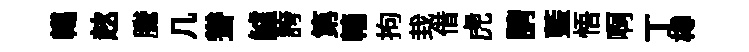
轕趑騰几聳鱸誇第轖拘㘽借虎請藍悟啊丁樽